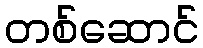
တစ်ဆောင်